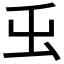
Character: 𭕿